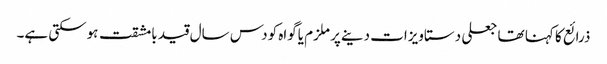
ذرائع کا کہنا تھا جعلی دستاویزات دینےپر ملزم یاگواہ کودس سال قید بامشقت ہوسکتی ہے۔